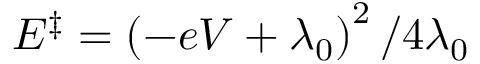
E ^ { \ddagger } = \left( - e V + \lambda _ { 0 } \right) ^ { 2 } / 4 \lambda _ { 0 }